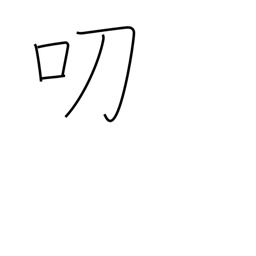
Meaning: graciously